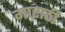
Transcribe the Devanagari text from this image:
माराठी